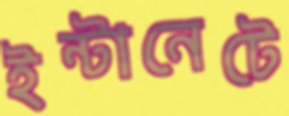
ইন্টানেটে